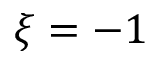
\xi = - 1